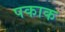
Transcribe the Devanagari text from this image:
पकाक